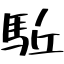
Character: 駈